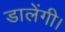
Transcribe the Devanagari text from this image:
डालेंगी।